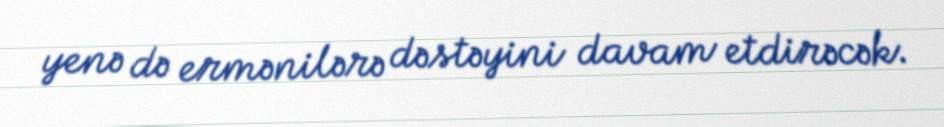
yenə də ermənilərə dəstəyini davam etdirəcək.